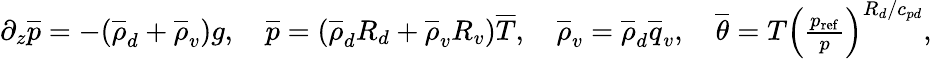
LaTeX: \begin{array}{r}{\partial_{z}\overline{{p}}=-(\overline{{\rho}}_{d}+\overline{{\rho}}_{v})g,\quad\overline{{p}}=(\overline{{\rho}}_{d}R_{d}+\overline{{\rho}}_{v}R_{v})\overline{{T}},\quad\overline{{\rho}}_{v}=\overline{{\rho}}_{d}\overline{{q}}_{v},\quad\overline{{\theta}}=T\left(\frac{p_{\mathrm{ref}}}{p}\right)^{R_{d}/c_{pd}},}\end{array}